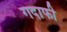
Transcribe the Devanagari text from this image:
गदाफी